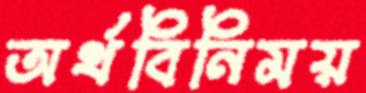
অর্থবিনিময়